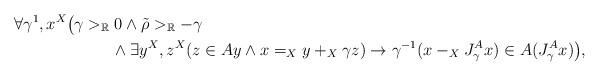
LaTeX: \begin{align*}&\forall \gamma^1,x^X\big(\gamma>_\mathbb{R}0\land\tilde{\rho}>_\mathbb{R}-\gamma\\&\qquad\qquad\qquad\land \exists y^X,z^X(z\in Ay\land x=_Xy+_X \gamma z)\rightarrow \gamma^{-1}(x-_XJ^A_{\gamma}x)\in A(J^A_{\gamma}x)\big),\end{align*}